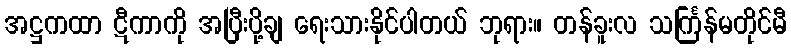
အဋ္ဌကထာ ဋီကာကို အပြီးပို့ချ ရေးသားနိုင်ပါတယ် ဘုရား။ တန်ခူးလ သင်္ကြန်မတိုင်မီ